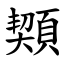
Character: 䫔